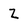
Character: Z